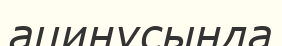
ацинусында